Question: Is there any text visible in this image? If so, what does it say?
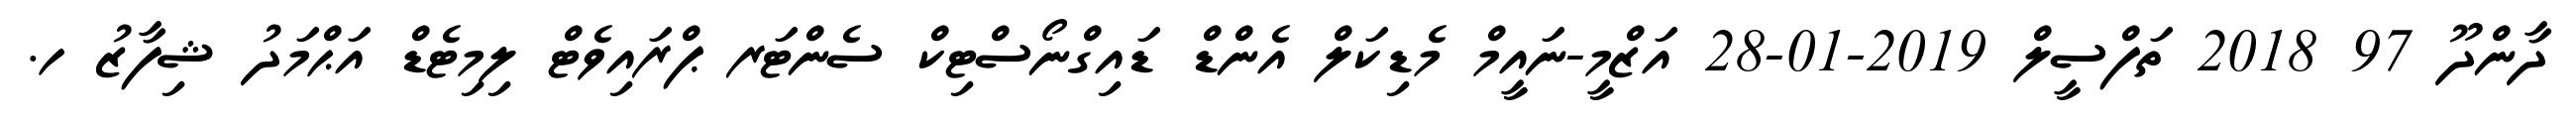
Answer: ދާންދޫ 97 2018 ތަފްސީލް 2019-01-28 އަޒްމީ-ނައީމް މެޑިކަލް އެންޑް ޑައިގްނޯސްޓިކް ސެންޓަރ ޕްރައިވެޓް ލިމިޓެޑް އަޙްމަދު ޝިފާޒު ހ.